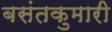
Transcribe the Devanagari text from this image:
बसंतकुमारी